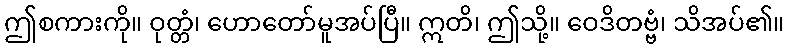
ဤစကားကို။ ဝုတ္တံ၊ ဟောတော်မူအပ်ပြီ။ ဣတိ၊ ဤသို့။ ဝေဒိတဗ္ဗံ၊ သိအပ်၏။